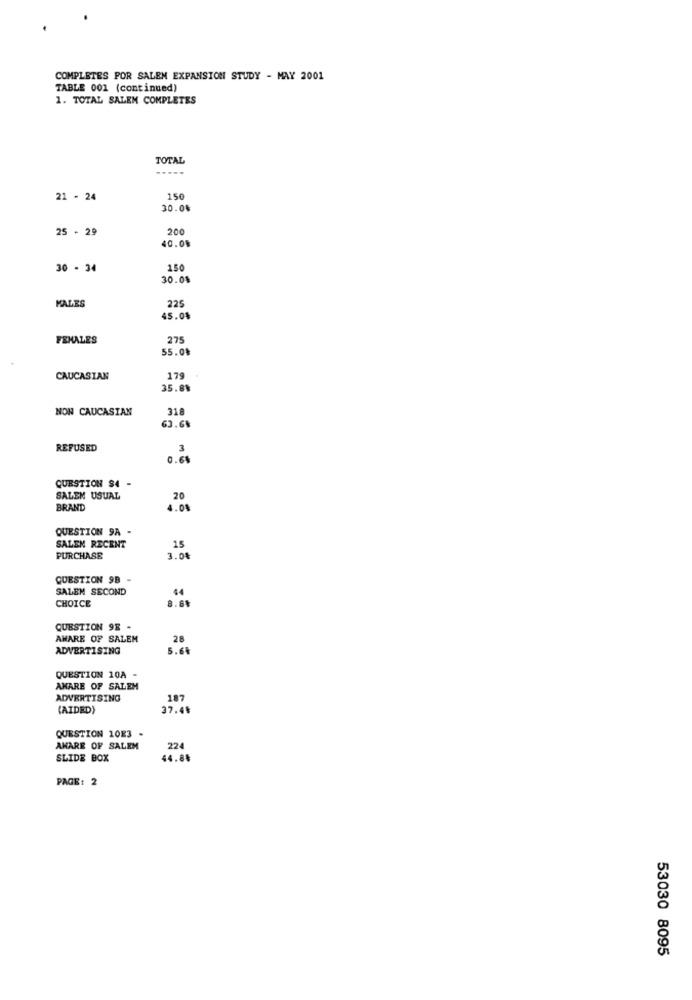
COMPLETES POR SALEN EXPANSION STUDY - MAY 2001
TABLE 001 (continued)
1. TOTAL SALEM COMPLETES
TOTAL
.....
21 - 24
150
30.0%
25 - 29
200
40.01
30 - 34
150
30.01
MALES
225
45.04
FEMALES
275
55.01
CAUCASIAN
179
35.81
NON CAUCASIAN
318
63.61
REFUSED
3
0.6%
QUESTION 94 -
SALEM USUAL
20
BRAND
4.00
QUESTION 9A -
15
SALEN RECENT
PURCHASE
3.04
QUESTION 9B -
SALEM SECOND
44
CHOICE
QUESTION 98 -
AMARE OF SALEM
28
ADVERTISING
5.64
QUESTION 10A -
AMARE OF SALEH
ADVERTISING
187
(AIDED)
37.49
QUESTION 1083 -
AMARE OF SALEM
224
SLIDE BOX
44.84
PAGE: 2
53030 8095